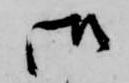
御